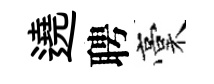
遶聘稾